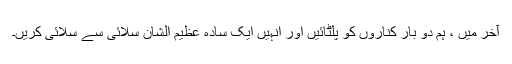
آخر میں ، ہم دو بار کناروں کو پلٹائیں اور انہیں ایک سادہ عظیم الشان سلائی سے سلائی کریں۔